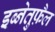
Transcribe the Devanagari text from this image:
इब्नेतुफ़ैल